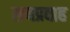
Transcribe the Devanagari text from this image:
लयप्रवाह